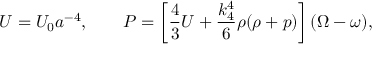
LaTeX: { \cal U } = { \cal U } _ { 0 } a ^ { - 4 } , \qquad { \cal P } = \left[ \frac 4 3 { \cal U } + \frac { k _ { 4 } ^ { 4 } } 6 \rho ( \rho + p ) \right] ( \Omega - \omega ) ,